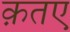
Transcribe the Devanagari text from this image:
क़तए